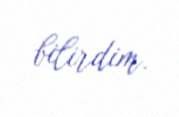
bilirdim.